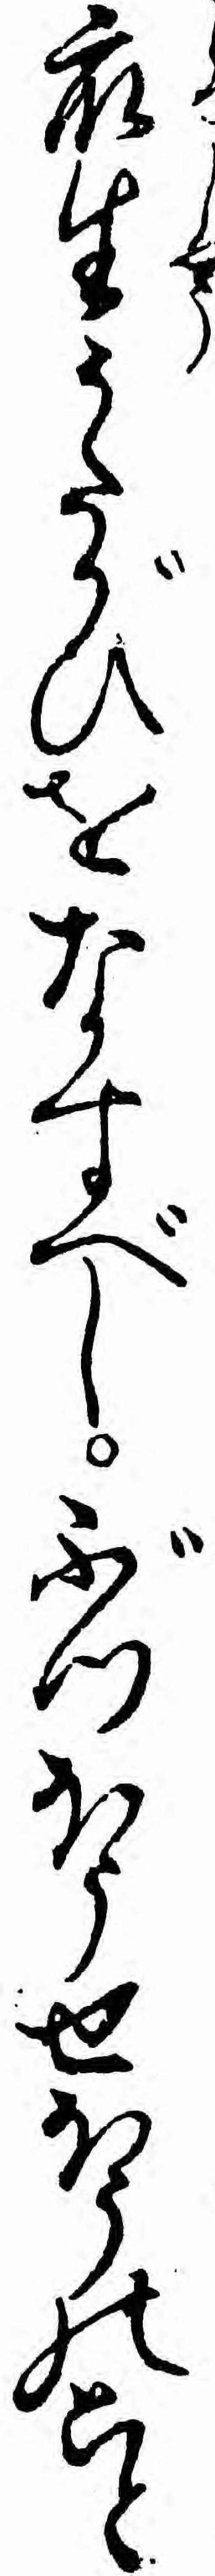
衆生うたがひをなすべしぶつほうせほうのこと